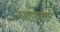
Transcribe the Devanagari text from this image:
अथर्वशीर्षाचे